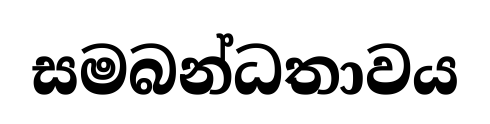
සමබන්ධතාවය